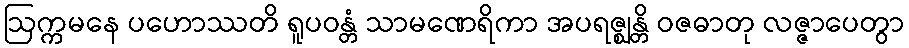
ဩက္ကမနေ ပဟောဿတိ ရူပဝန္တံ သာမဏေရိကာ အပရဇ္ဈန္တိ ဝဇဓာတု လဇ္ဇာပေတွာ